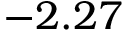
- 2 . 2 7